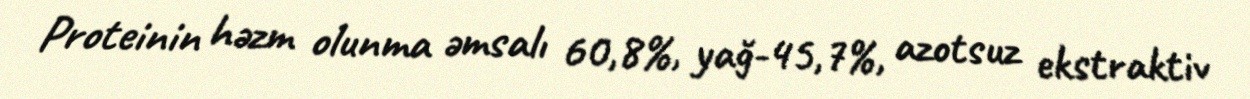
Proteinin həzm olunma əmsalı 60,8%, yağ-45,7%, azotsuz ekstraktiv